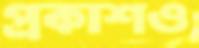
প্রকাশও